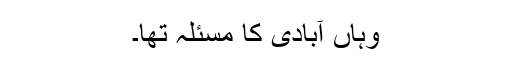
وہاں آبادی کا مسئلہ تھا۔